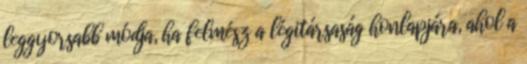
leggyorsabb módja, ha felmész a légitársaság honlapjára, ahol a